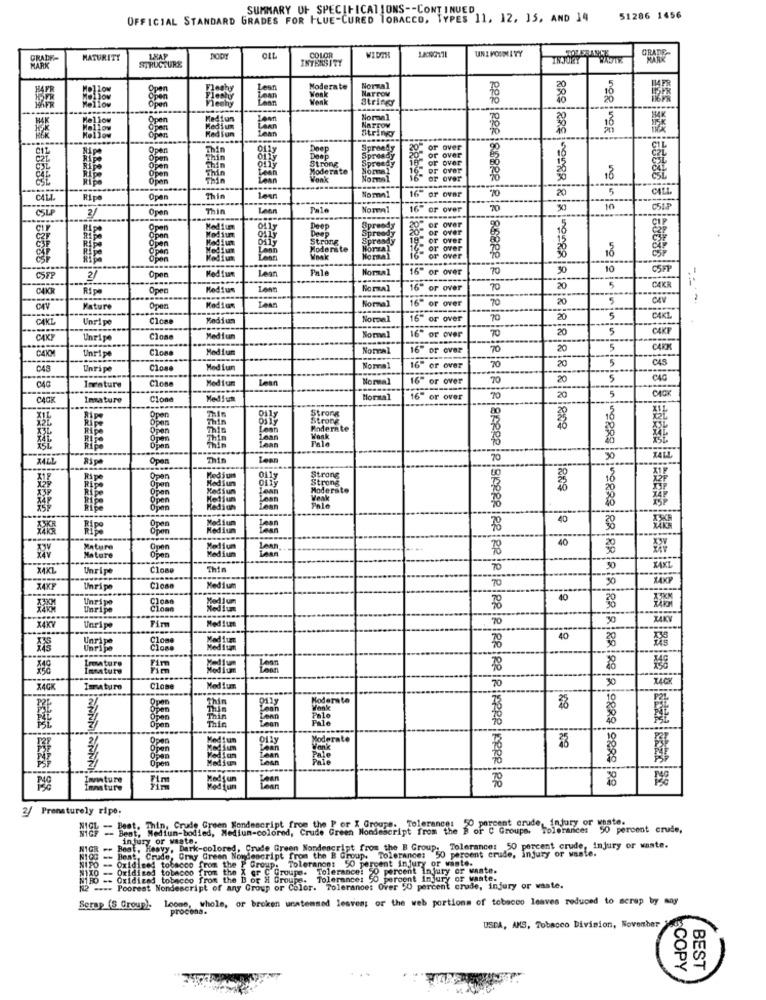
SUMMARY UF SPECIFICATIONS -- CONTINUED
OFFICIAL STANDARD GRADES FOR FLUE-CURED TOBACCO, TYPES 11. 12. 15, AND 14
51286 1456
GRADE
GRADE-
MATURITY
LXAP
BODY
OLL
INTENSITY
COLOR
MARK
STRUCTURE
Moderate
Narrow
Normal
Weak
Vonk
Strings
BE
Normal
Lean
NATTOV
String
inggiver
Open
Deep
Spreads
or over
90
Thin
Deep
SPTVAGY
Spreedy
or over
16
Strong
Moderate
Normal
19 or over
16 or over
CSL
Thin
Thin
Lean
Wank
Normal
er over
18
Normal
20
5
CALL.
CALI.
Ripe
Open
Thin
Lean
16" or over
CSLP
2/
Open
Thin
Leon
Fale
Normal
16" or over
70
10
CSIP
0117
Deep
Sprendy
Sprawd
2 or over
20
C21
Strong
Sprawd
or over
OF Over
Laan
Moderate
Normal
18
Wnak
Normal
12-
r over
Lean
Pale
Normal
16" or over
30
10
CSFF
C5FP
2/
Opne
C4KR
Ripe
Open
Lenn
Normal
16" or over
70
20
5
C4KR
Normal
70
20
5
CAV
Mature
Open
Lean
16" or over
CAKL
Unripe
Close
Normal
16" or over
70
20
5
CAKL.
70
CAKE
CAKE
Unripe
Clone
Normal
16" or over
20
Unripe
Close
Medium
Normal
16" or over
70
20
5
CAKK
5
C45
C48
Unripe
Clon
Med Lur
Normal
16" or over
70
20
Clone
Lean
Normal
16" or over
70
20
C4G
Imrature
Medium
5
CACIK
Imature
Clone
Hello
Normal
16" or over
70
20
Thir
Strong
80
Opens
Open
Thin
Strony
16
126
Open
THIG
Moderate
Open
Thin
Thin
28
Open
Ripe
Open
Thin
Lean
70
30
IALL
Strong
Open
Medium
Kodiun
011
Strong
18
Kedium
Moderate
889
Open
open
Veak
Open
Kedigh
Medium
Lean
40
Open
Medium
Lean
38
40
Mature
Open
Medium
Medium
Lean
Mature
Open
X4KL
Unripe
Close
Thin
70
30
KAXL
20
X4KF
Unripe
Medium
70
Unripe
40
Unripe
Medium
70
30
ZAKY
Unripe
Firm
Unripe
Close
40
38
Close
Immature
Tenature
Fim
Lean
x4C
ZACK
Immaturo
Close
Med !um
70
30
Moderate
Polo
Pale
Thin
Oily
Moderato
Jean
jean
Innature
Lean
3/
Prematurely ripe;
NICF -- Best, Medium-bodied, Medium-colored. Crudo Green Mondecfint from the B or C Groups, Tolerances 50 percent crude,
injury or waste.
NIGR -- Beat, Heavy, Dark-colored, Crude Green Nondescript from the B Group. Tolerance: 50 percent crude, injury or waste.
B Group: Tolerance: 50 percent crude, injury or waste.
NiOG -- Bent, Crude, Gray Green Nondescript from the B Gibt
NIPO -- Oxidised tobacco
Toleranon: 50 percent injury or wante.
Tolerance: 50 percent Injury
oxidizes tobacco from
tobacco from the Bor
nce: 90 percent injury of waste.
[12 ---- Poorest Nondescript of any Group or Color. Tolerance: Over 50 percent crude, injury or waste.
Serap (S Group). Loome, whole, or broken unstemmed lesvem; or the web portions of tobacco leaves reduced to scrap by may
USDA, ANS, Tobacco Division, November "58s
COPY
BEST